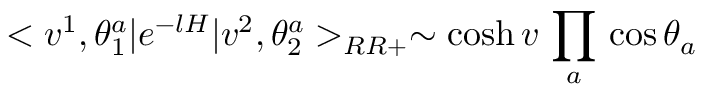
< v ^ { 1 } , \theta _ { 1 } ^ { a } | e ^ { - l H } | v ^ { 2 } , \theta _ { 2 } ^ { a } > _ { R R + } \sim \cosh v \, \prod _ { a } \, \cos \theta _ { a } \nonumber